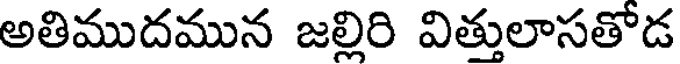
అతిముదమున జల్లిరి విత్తులాసతోడ